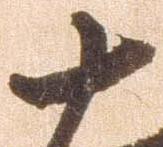
十